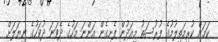
ކަމަށް ކުރިމަތިލުމުގެ ފުރުސަތު މިއަދުން ފެށިގެން އަންނަ މަހުގެ ދެވަނަ ދުވަހުގެ ނިޔަލަށް